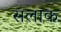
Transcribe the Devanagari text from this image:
सलाक